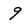
Character: 9